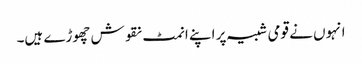
انہوں نے قومی شبیہ پر اپنے انمٹ نقوش چھوڑے ہیں۔